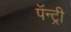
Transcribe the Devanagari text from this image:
पॅन्ट्री